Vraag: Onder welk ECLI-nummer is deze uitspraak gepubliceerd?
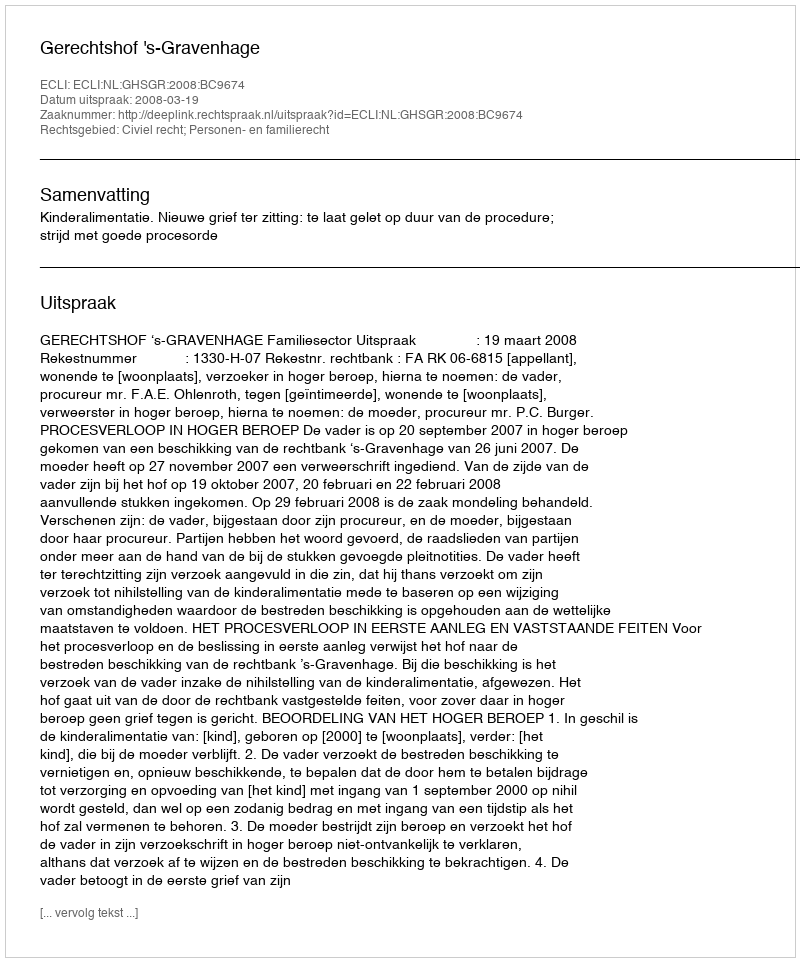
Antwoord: ECLI:NL:GHSGR:2008:BC9674